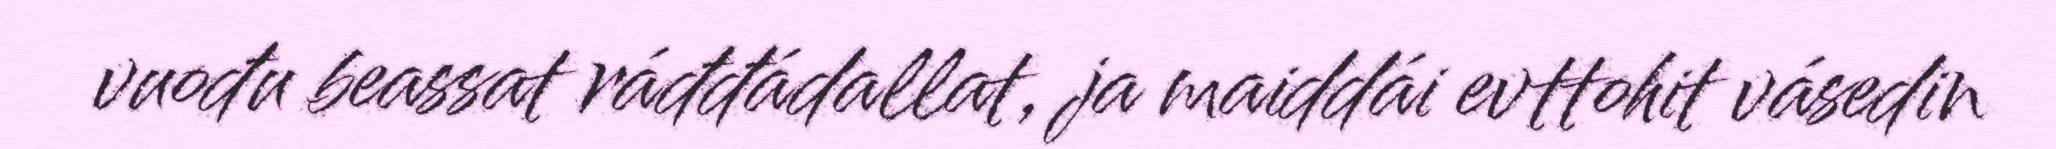
vuođu beassat ráđđádallat, ja maiddái evttohit vásedin